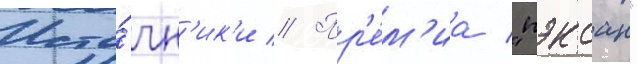
Исто́чн'ик'и // Пр'е́м'иа "пэксан"